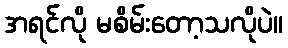
အရင်လို မစိမ်းတော့သလိုပဲ။